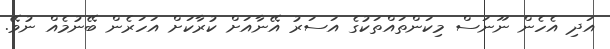
އަދި އެހެން ނޫނަސް މިކަންތައްތަކުގެ އަސަރު އޭނާއަށް ކުރާކަށް އަހަރެން ބޭނުމެއް ނުވޭ.